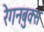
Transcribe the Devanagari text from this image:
रेगनबुक्स